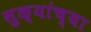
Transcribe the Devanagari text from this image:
सुळ्यांच्या